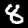
Digit: 8